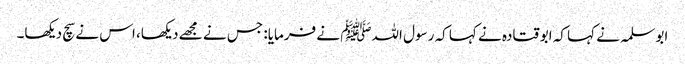
ابو سلمہ نے کہا کہ ابو قتادہ نے کہا کہ رسول اللہﷺ نے فرمایا: جس نے مجھے دیکھا، اس نے سچ دیکھا۔